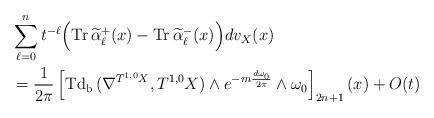
LaTeX: \begin{align*} &\sum^n_{\ell=0}t^{-\ell}\Bigr(\mathrm{Tr\,}\widetilde\alpha^+_\ell(x)-\mathrm{Tr\,}\widetilde\alpha^-_\ell(x)\Bigr)dv_X(x) \\&=\frac{1}{2\pi}\left[\mathrm{Td_b\,}(\nabla^{T^{1,0}X},T^{1,0}X)\wedge e^{-m\frac{d\omega_0}{2\pi}}\wedge\omega_0\right]_{2n+1}(x)+O(t)\end{align*}